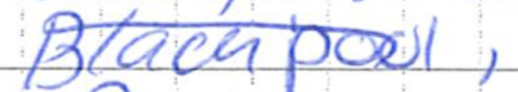
Text: Blackpool,
Cross-out: diagonal
Writing tool: ballpoint